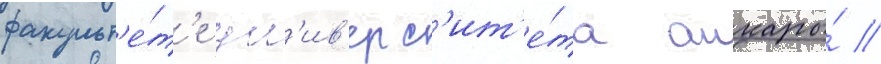
факульт'е́т'е ун'ив'ерс'ит'е́та анкары́ //